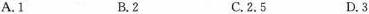
A.1 B.2 C.2.5 D.3